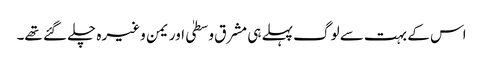
اس کے بہت سے لوگ پہلے ہی مشرق وسطیٰ اور یمن وغیرہ چلے گئے تھے۔